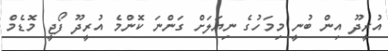
އުރީދޫ އިން ބުނީ މިމަހުގެ ނިޔަލަށް ގަންނަ ކޮންމެ އުރީދޫ ފޯޖީ މޮޑެމް